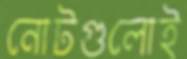
নোটগুলোই